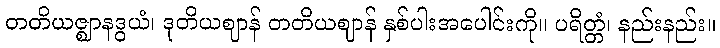
တတိယဇ္ဈာနဒွယံ၊ ဒုတိယဈာန် တတိယဈာန် နှစ်ပါးအပေါင်းကို။ ပရိတ္တံ၊ နည်းနည်း။